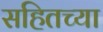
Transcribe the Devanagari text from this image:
सहितच्या